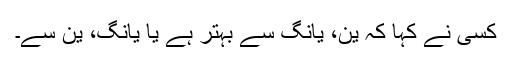
کسی نے کہا کہ ین، یانگ سے بہتر ہے یا یانگ، ین سے۔